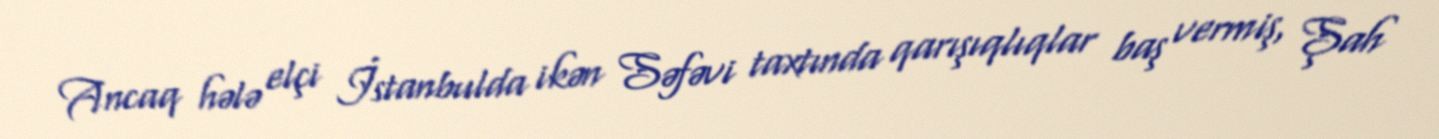
Ancaq hələ elçi İstanbulda ikən Səfəvi taxtında qarışıqlıqlar baş vermiş, Şah